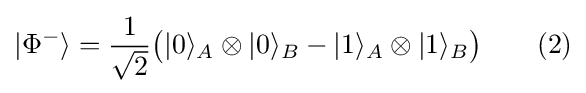
|\Phi ^{-}\rangle ={\frac {1}{\sqrt {2}}}{\big (}|0\rangle _{A}\otimes |0\rangle _{B}-|1\rangle _{A}\otimes |1\rangle _{B}{\big )}\qquad (2)